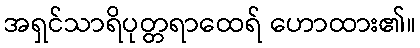
အရှင်သာရိပုတ္တရာထေရ် ဟောထား၏။